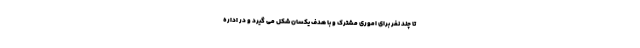
تا چند نفر برای اموری مشترک و با هدف یکسان شکل می گیرد و در اداره